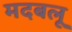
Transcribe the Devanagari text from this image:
मदबलू